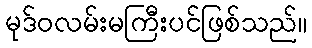
မုဒ်ဝလမ်းမကြီးပင်ဖြစ်သည်။